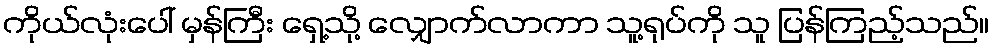
ကိုယ်လုံးပေါ် မှန်ကြီး ရှေ့သို့ လျှောက်လာကာ သူ့ရုပ်ကို သူ ပြန်ကြည့်သည်။